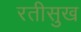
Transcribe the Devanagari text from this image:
रतीसुख